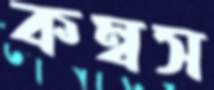
কম্বস